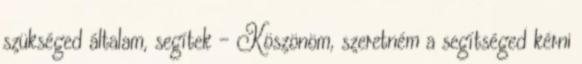
szükséged általam, segítek - Köszönöm, szeretném a segítséged kérni